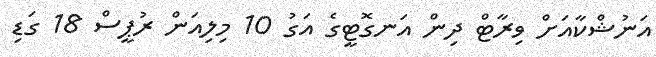
އަނުޝްކާއަށް ވިރާޓް ދިން އަނގޮޓީގެ އަގު 10 މިލިއަން ރުޕީސް 18 ގަޑި